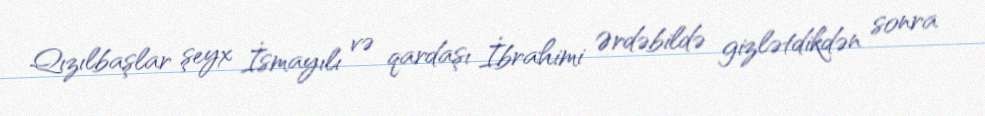
Qızılbaşlar şeyx İsmayılı və qardaşı İbrahimi Ərdəbildə gizlətdikdən sonra